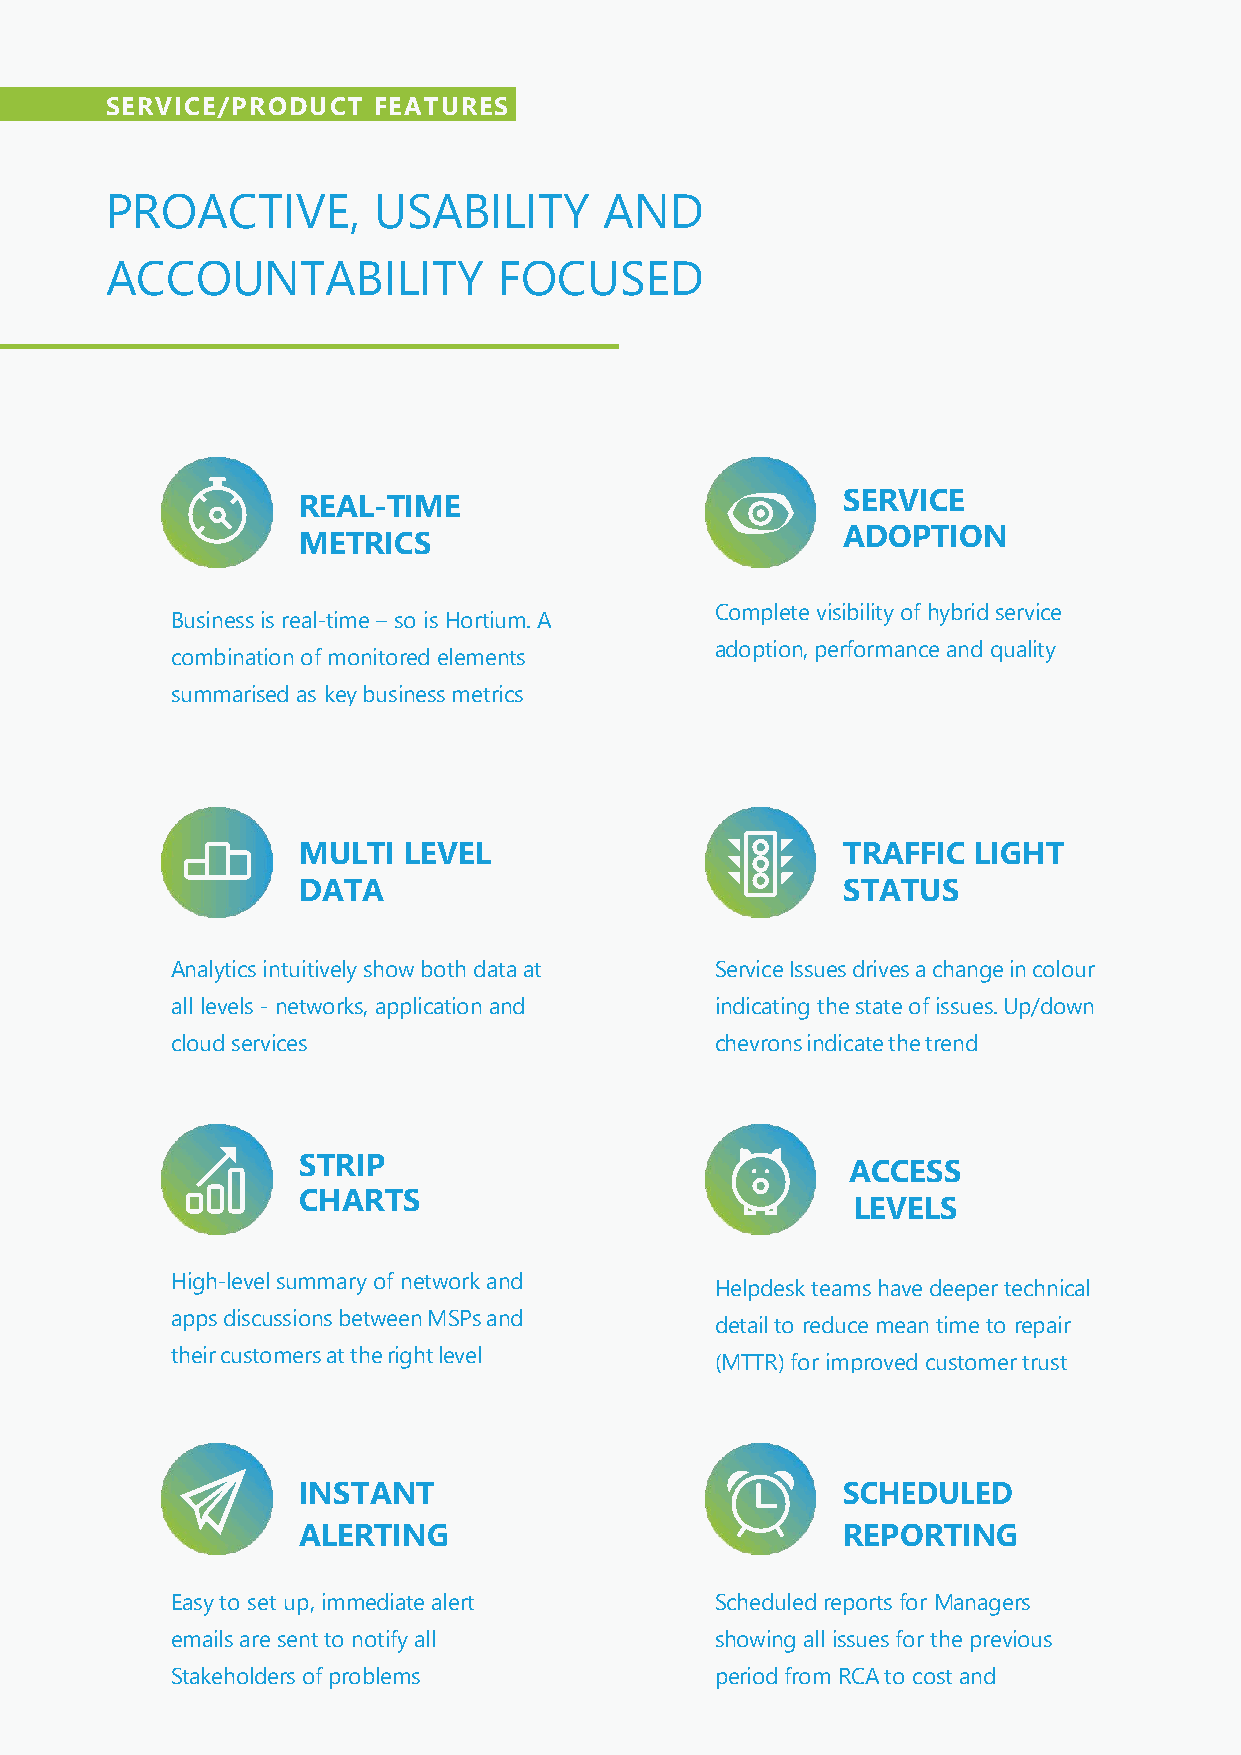
SERVICE/PRODUCT   FEATURES
 PROACTIVE,        USABILITY      AND
 ACCOUNTABILITY            FOCUSED
 REAL-TIME                           SERVICE
 ADOPTION
 METRICS
 Complete visibility of hybrid service
 Business is real-time – so is Hortium. A
 adoption, performance and quality
 combination of monitored elements
 summarised as key business metrics
 MULTI  LEVEL                        TRAFFIC LIGHT
 DATA                                STATUS
 Analytics intuitively show both data at Service Issues drives a change in colour
 all levels - networks, application and indicating the state of issues. Up/down
 cloud services                      chevrons indicate the trend
 STRIP                               ACCESS
 CHARTS
 LEVELS
 High-level summary of network and
 Helpdesk teams have deeper technical
 apps discussions between MSPs and
 detail to reduce mean time to repair
 their customers at the right level
 (MTTR) for improved customer trust
 INSTANT
 ALERTING                            REPORTING
 Easy to set up, immediate alert     Scheduled reports for Managers
 emails are sent to notify all       showing all issues for the previous
 Stakeholders of problems            period from RCA to cost and
 billing